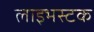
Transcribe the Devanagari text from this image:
लाइभस्टक